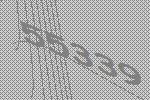
55339